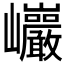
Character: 𰏂